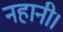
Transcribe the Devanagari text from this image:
नहानी।